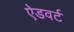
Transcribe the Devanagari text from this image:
ऐडवर्ट